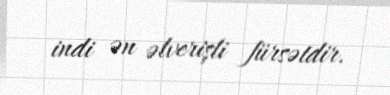
indi ən əlverişli fürsətdir.